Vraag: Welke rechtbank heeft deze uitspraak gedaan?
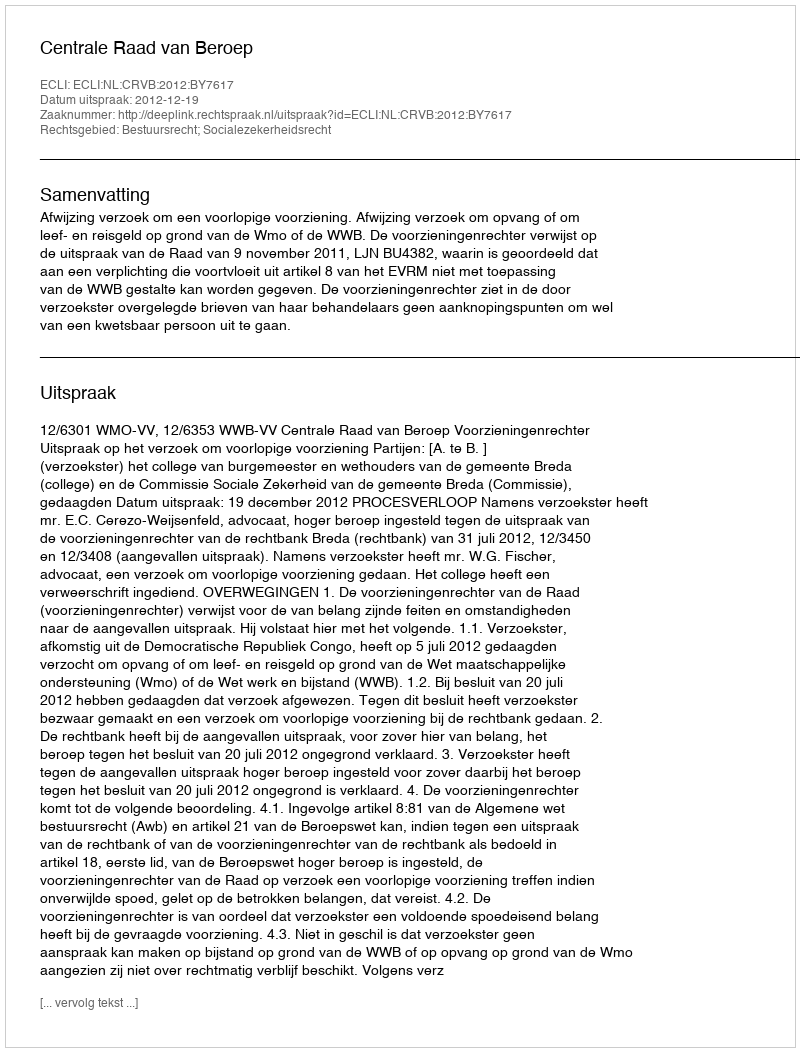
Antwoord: Centrale Raad van Beroep